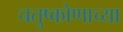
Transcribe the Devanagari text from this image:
चतुष्कोणाच्या